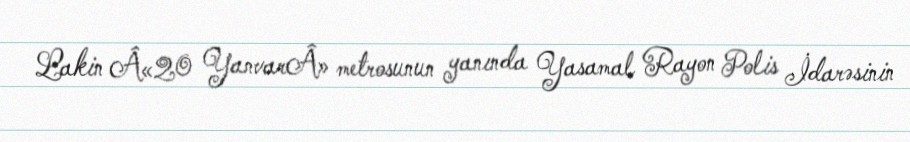
Lakin Â«20 YanvarÂ» metrosunun yanında Yasamal Rayon Polis İdarəsinin